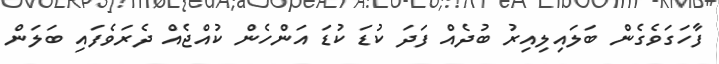
ފާހަގަވެގެން ބަލައިލިއިރު ބުދެއް ފަދަ ކުޑަ ކުޑަ އަންހެން ކުއްޖެއް ދެރަވެފައި ބަލަން